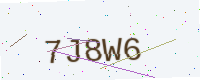
Text: 7J8W6